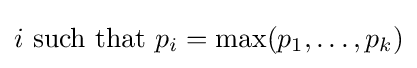
i{\text{ such that }}p_{i}=\max(p_{1},\ldots ,p_{k})